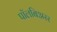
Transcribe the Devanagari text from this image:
पॉलबिअरर